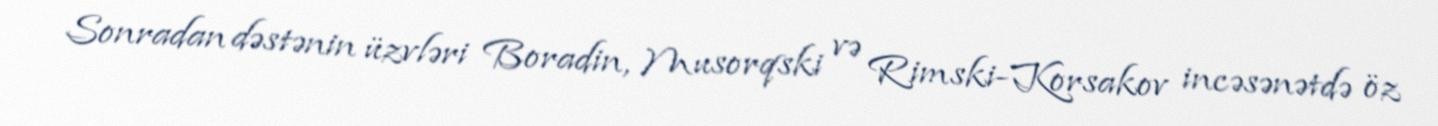
Sonradan dəstənin üzvləri Boradin, Musorqski və Rimski-Korsakov incəsənətdə öz